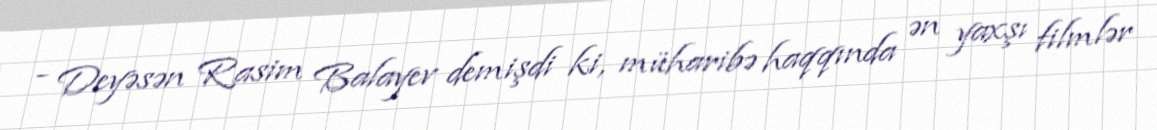
- Deyəsən Rasim Balayev demişdi ki, müharibə haqqında ən yaxşı filmlər